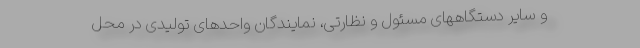
و سایر دستگاههای مسئول و نظارتی، نمایندگان واحدهای تولیدی در محل